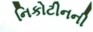
નિકોટીનની